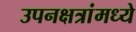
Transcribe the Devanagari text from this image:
उपनक्षत्रांमध्ये